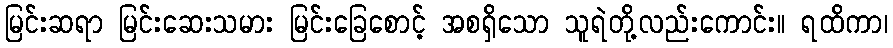
မြင်းဆရာ မြင်းဆေးသမား မြင်းခြေစောင့် အစရှိသော သူရဲတို့လည်းကောင်း။ ရထိကာ၊